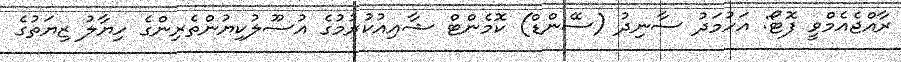
ރާއްޖެއެމްވީ ފޮޓޯ: އަހުމަދު ސާނިދު (ސޭންޑް) ކޮމެންޓް ޝާއިއުކުރުމުގެ އުސޫލުކިޔުންތެރިންގެ ހިޔާލު ޒިޔަތުގެ